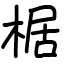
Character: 椐